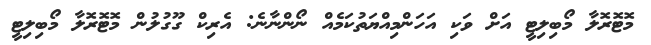
މޮޓޮރޮލާ މޯބިލިޓީ އަށް ވަކި އަހަންމިއްޔަތުކަމެއް ނޯންނާނެ: އެރިކް ގޫގުލުން މޮޓޮރޮލާ މޯބިލިޓީ